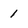
Character: 1